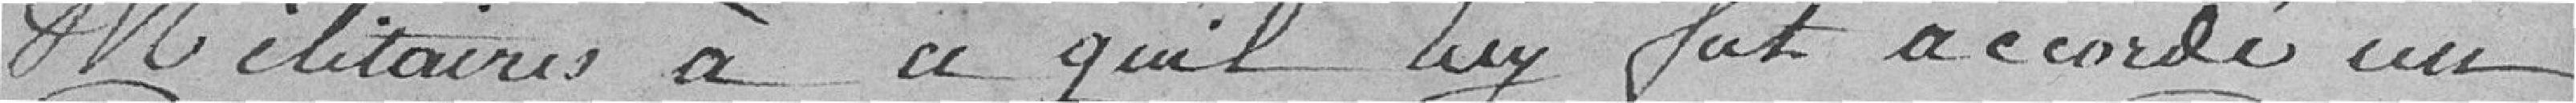
militaires à ce qu'il luy fut accordé un